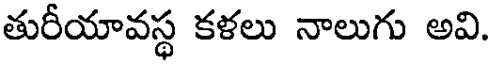
తురీయావస్థ కళలు నాలుగు అవి.